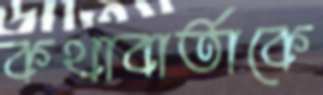
কথাবার্তাকে